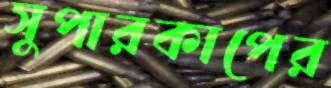
সুপারকাপের